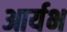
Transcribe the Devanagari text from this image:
आर्यभ